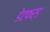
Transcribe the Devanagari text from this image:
डेटफर्ड